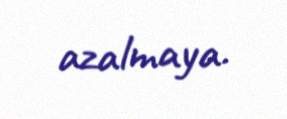
azalmaya.